Indian journal of veterinary science and animal husbandry - Volumes 15-17, 1948-1951
Year: 1948
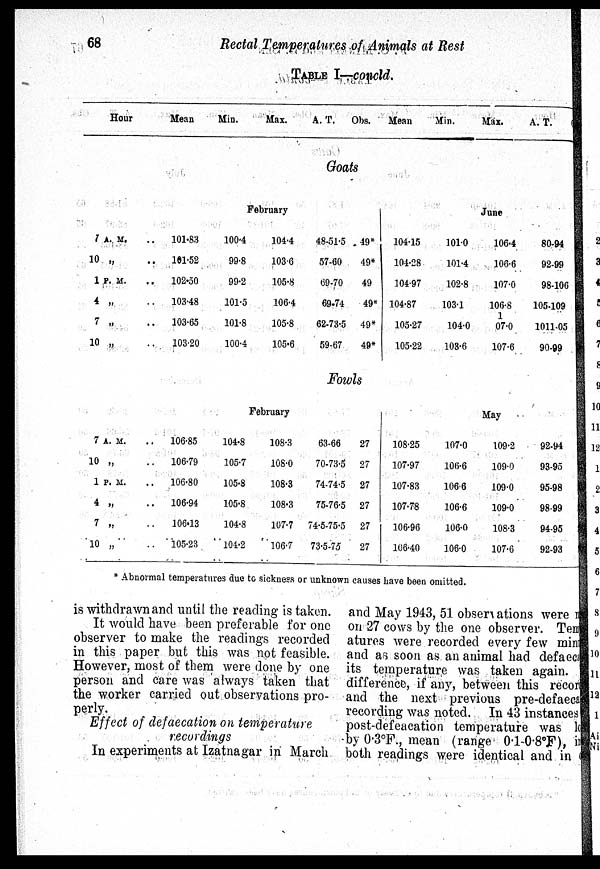
68
Rectal Temperatures of Animals at Rest
TABLE I—concld.
Hour
Mean
Min.
Max.
A. T.
Obs.
Mean
Min.
Max.
A. T.
Goats
February
1 A. M.
10 „
1 P. M.
4 „
7 „
10 „
101.83
101.52
102.50
103.48
103.65
103.20
100.4
99.8
99.2
101.5
101.8
100.4
104.4
103.6
105.8
106.4
105.8
105.6
48-51-5
57.60
69.70
69.74
62-73-5
59.67
49*
49*
49
49*
49*
49*
June
104.15
104.28
104.97
104.87
105.27
105.22
101.0
101.4
102.8
103.1
104.0
103.6
106.4
106.6
107.0
106.8
107.0
107.6
80.94
92.99
98.106
105.109
1011.05
90.99
Fowls
February
7 A. M.
10 „
1 P. M.
4 „
7 „
10
„
106.85
106.79
106.80
106.94
106.13
105.23
104.8
105.7
105.8
105.8
104.8
104.2
108.3
108.0
108.3
108.3
107.7
106.7
63.66
70-73-5
74-74-5
75-76-5
74.5-75-5
73.5.75
27
27
27
27
27
27
May
108.25
107.97
107.83
107.78
106.96
106.40
107.0
106.6
106.6
106.6
106.0
106.0
109.2
109.0
109.0
109.0
108.3
107.6
92.94
93.95
95.98
98.99
94.95
92.93
* Abnormal temperatures due to sickness or unknown causes have been omitted.
is withdrawn and until the reading is taken.
It would have been preferable for one
observer to make the readings recorded
in this paper but this was not feasible.
However, most of them were done by one
person and care was always taken that
the worker carried out observations pro-
perly.
Effect of defaecation on temperature
recordings
In experiments at Izatnagar in March
and May 1943, 51 observations were
on 27 cows by the one observer. Temper
atures were recorded every few minus
and as soon as an animal had defaeca
its temperature was taken again.
difference, if any, between this record
and the next previous pre-defaeca
recording was noted. In 43 instances
post-defeacation temperature was lo
by 0.3°F., mean (range 0.1-0.8ºF), im
both readings were identical and in